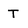
Character: T